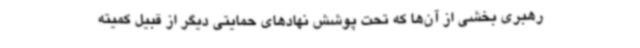
رهبری بخشی از آن‌ها که تحت پوشش نهادهای حمایتی دیگر از قبیل کمیته